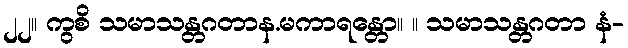
၂၂။ ကွစိ သမာသန္တဂတာန.မကာရန္တော။ ။ သမာသန္တဂတာ နံ-